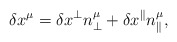
\begin{align*}\delta x^\mu=\delta x^\perp n^\mu_\perp+\delta x^\parallel n^\mu_\parallel,\end{align*}